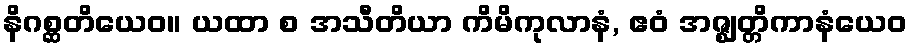
နိဂစ္ဆတိယေဝ။ ယထာ စ အသီတိယာ ကိမိကုလာနံ, ဧဝံ အဇ္ဈတ္တိကာနံယေဝ